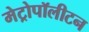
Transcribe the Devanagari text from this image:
मेट्रोपॉलीटन